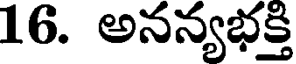
16. అనన్యభక్తి